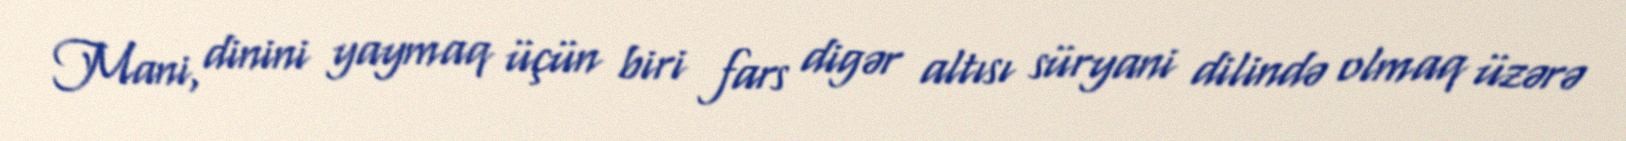
Mani, dinini yaymaq üçün biri fars digər altısı süryani dilində olmaq üzərə